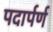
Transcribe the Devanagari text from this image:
पदार्पर्ण